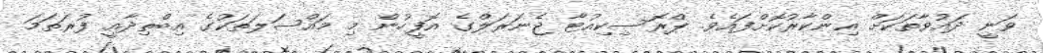
ވަނީ ދައުވާތަކަށް އިންކާރުކޮށްފައެވެ. ޕްރޮސިކިއުޓާ ޖެނަރަލްގެ އޮފީހުން މި މައްސަލަތަކުގެ އިބްތިދާއީ ފުރަތަމަ